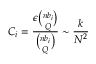
C _ { i } = \frac { \epsilon \binom { n b _ { i } } { Q } } { \binom { n b _ { i } } { Q } } \sim \frac { k } { N ^ { 2 } }